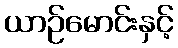
ယာဉ်မောင်းနှင့်